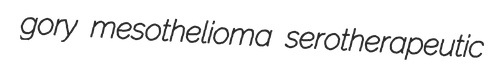
gory mesothelioma serotherapeutic